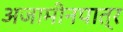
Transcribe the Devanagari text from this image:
अजामीनपात्र